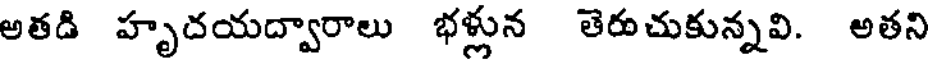
అతడి హృదయద్వారాలు భళ్లున తెరుచుకున్నవి. అతని